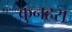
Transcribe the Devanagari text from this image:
कुनहरा